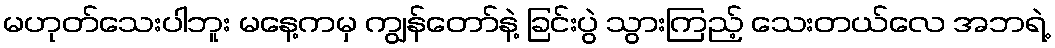
မဟုတ်သေးပါဘူး မနေ့ကမှ ကျွန်တော်နဲ့ ခြင်းပွဲ သွားကြည့် သေးတယ်လေ အဘရဲ့